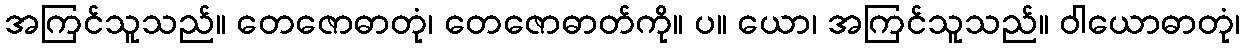
အကြင်သူသည်။ တေဇောဓာတုံ၊ တေဇောဓာတ်ကို။ ပ။ ယော၊ အကြင်သူသည်။ ဝါယောဓာတုံ၊